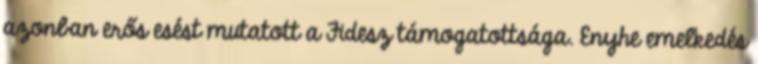
azonban erős esést mutatott a Fidesz támogatottsága. Enyhe emelkedés